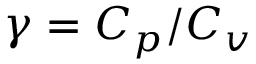
\gamma = C _ { p } / C _ { v }